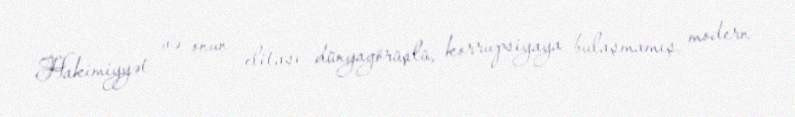
Hakimiyyət və onun elitası dünyagörüşlü, korrupsiyaya bulaşmamış, modern